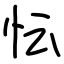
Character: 忶